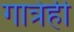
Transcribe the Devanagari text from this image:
गात्रेही